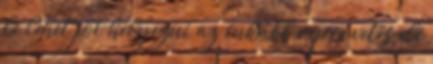
le lehet jól helyezni az inkább repce vetés elé